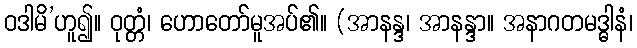
ဝဒါမိ’ဟူ၍။ ဝုတ္တံ၊ ဟောတော်မူအပ်၏။ (အာနန္ဒ၊ အာနန္ဒာ။ အနာဂတမဒ္ဓါနံ၊